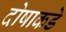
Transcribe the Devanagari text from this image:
दोषाकडे